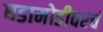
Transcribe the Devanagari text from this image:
घडामोडीवरचं